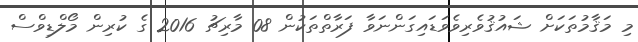
މި މަޤާމުތަކަށް ޝައުޤުވެރިވެވަޑައިގަންނަވާ ފަރާތްތަކުން 08 މާރިޗު 2016 ގެ ކުރިން މޯލްޑިވްސް